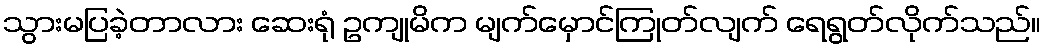
သွားမပြခဲ့တာလား ဆေးရုံ ဥကျုမိက မျက်မှောင်ကြုတ်လျက် ရေရွတ်လိုက်သည်။